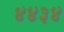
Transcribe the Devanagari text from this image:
४४३४